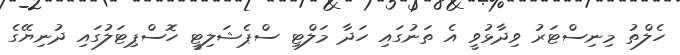
ހެލްތު މިނިސްޓަރު ވިދާޅުވީ އެ ތަނުގައި ހަދާ މަލްޓި ސްޕެޝަލިޓީ ހޮސްޕިޓަލުގައި ދުނިޔޭގެ